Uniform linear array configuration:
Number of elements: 4
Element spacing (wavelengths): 0.75
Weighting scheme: hamming
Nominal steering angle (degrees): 30
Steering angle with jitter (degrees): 28.885
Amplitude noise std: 0.05
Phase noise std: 0.05

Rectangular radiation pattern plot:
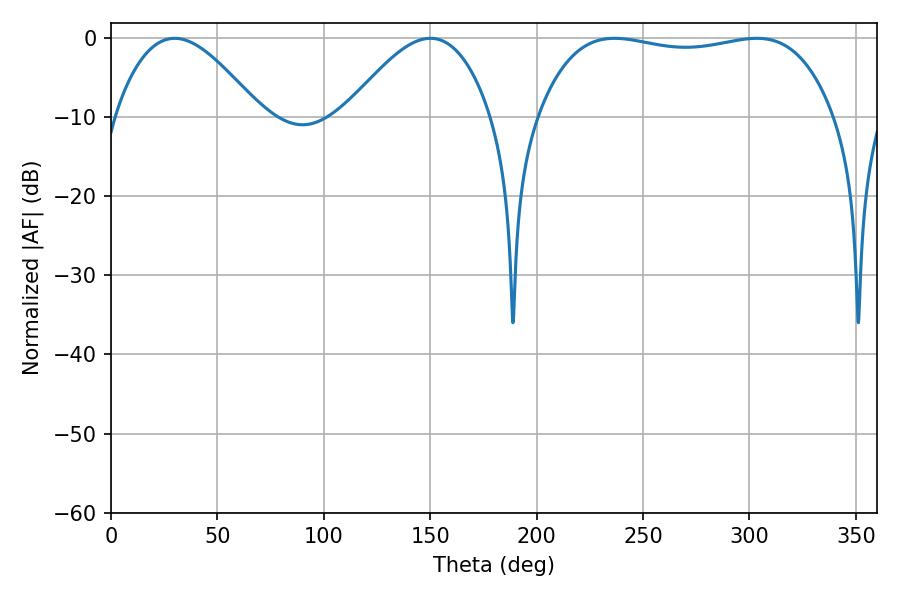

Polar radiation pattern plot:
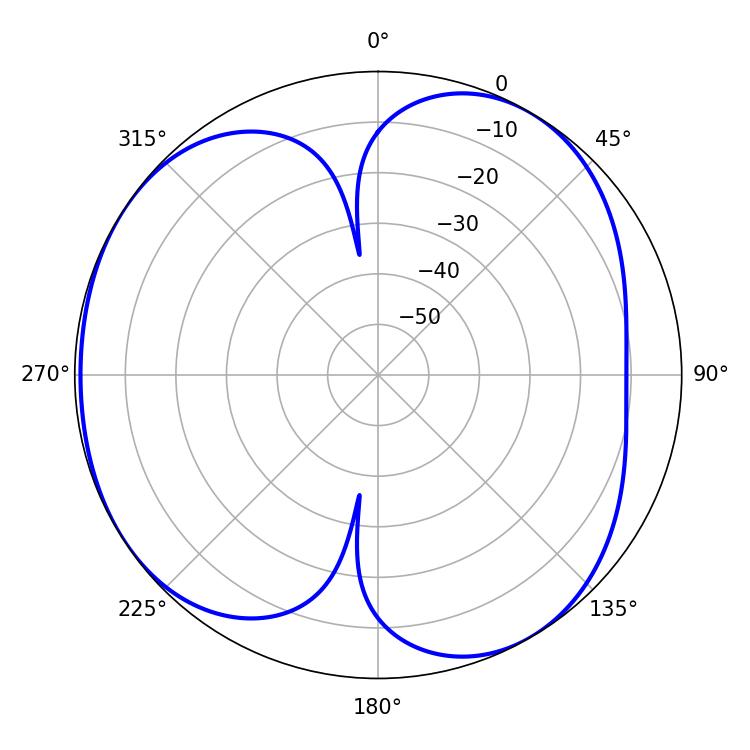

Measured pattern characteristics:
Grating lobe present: TRUE
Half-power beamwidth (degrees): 36.72
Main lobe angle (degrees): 29.88